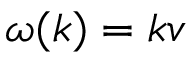
\omega ( k ) = k v